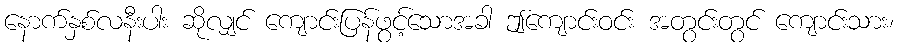
နောက်နှစ်လနီးပါး ဆိုလျှင် ကျောင်းပြန်ဖွင့်သောအခါ ဤကျောင်းဝင်း အတွင်းတွင် ကျောင်းသား၊